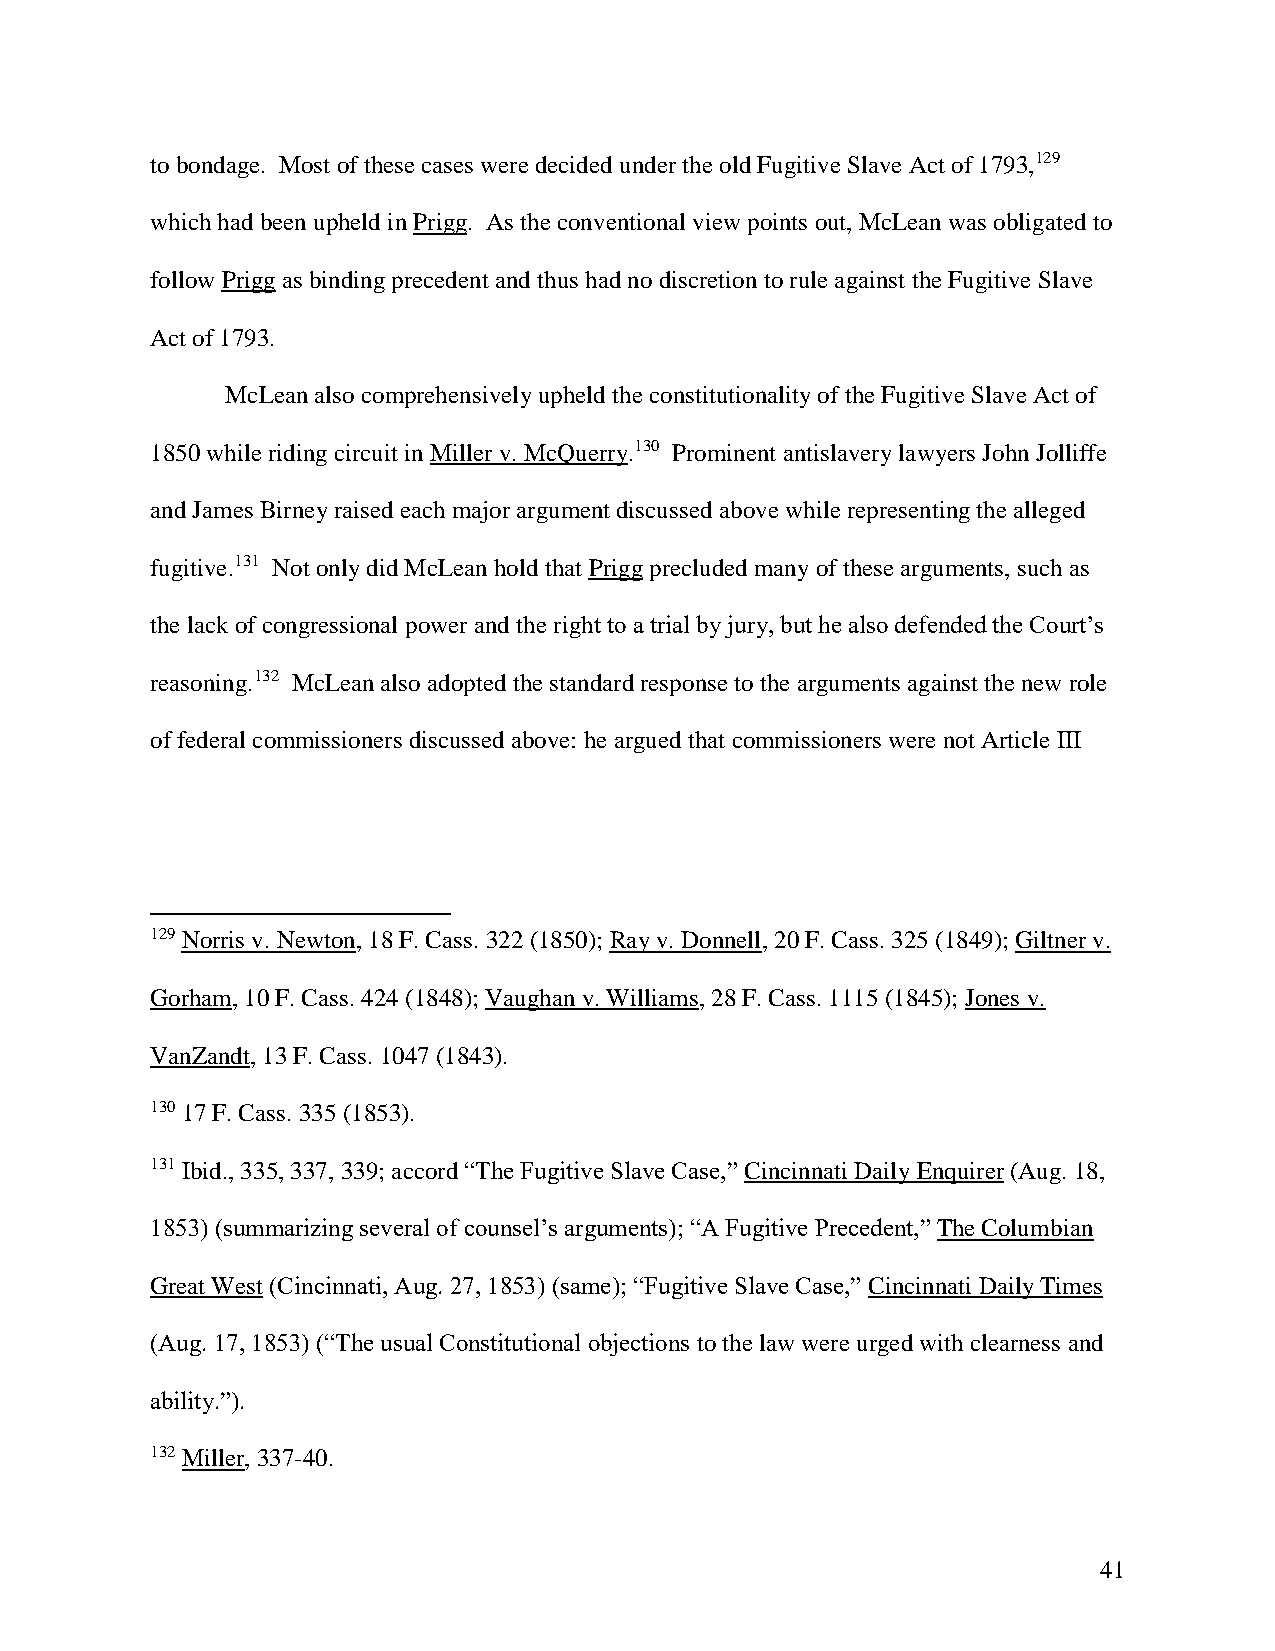
to bondage. Most of these cases were decided under the old Fugitive Slave Act of 1793,129
 which had been upheld in Prigg. As the conventional view points out, McLean was obligated to
 follow Prigg as binding precedent and thus had no discretion to rule against the Fugitive Slave
 Act of 1793.
 McLean also comprehensively upheld the constitutionality of the Fugitive Slave Act of
 1850 while riding circuit in Miller v. McQuerry.130 Prominent antislavery lawyers John Jolliffe
 and James Birney raised each major argument discussed above while representing the alleged
 fugitive.131 Not only did McLean hold that Prigg precluded many of these arguments, such as
 the lack of congressional power and the right to a trial by jury, but he also defended the Court’s
 reasoning.132 McLean also adopted the standard response to the arguments against the new role
 of federal commissioners discussed above: he argued that commissioners were not Article III
 129 Norris v. Newton, 18 F. Cass. 322 (1850); Ray v. Donnell, 20 F. Cass. 325 (1849); Giltner v.
 Gorham, 10 F. Cass. 424 (1848); Vaughan v. Williams, 28 F. Cass. 1115 (1845); Jones v.
 VanZandt, 13 F. Cass. 1047 (1843).
 130 17 F. Cass. 335 (1853).
 131 Ibid., 335, 337, 339; accord “The Fugitive Slave Case,” Cincinnati Daily Enquirer (Aug. 18,
 1853) (summarizing several of counsel’s arguments); “A Fugitive Precedent,” The Columbian
 Great West (Cincinnati, Aug. 27, 1853) (same); “Fugitive Slave Case,” Cincinnati Daily Times
 (Aug. 17, 1853) (“The usual Constitutional objections to the law were urged with clearness and
 ability.”).
 132 Miller, 337-40.
 41